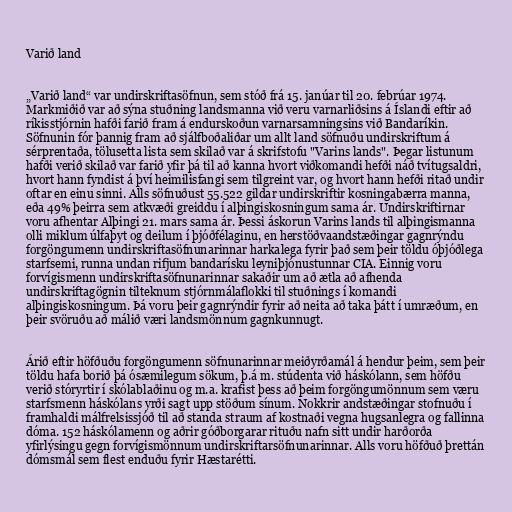
Varið land

„Varið land“ var undirskriftasöfnun, sem stóð frá 15. janúar til 20. febrúar 1974.
Markmiðið var að sýna stuðning landsmanna við veru varnarliðsins á Íslandi eftir að
ríkisstjórnin hafði farið fram á endurskoðun varnarsamningsins við Bandaríkin.
Söfnunin fór þannig fram að sjálfboðaliðar um allt land söfnuðu undirskriftum á
sérprentaða, tölusetta lista sem skilað var á skrifstofu "Varins lands". Þegar listunum
hafði verið skilað var farið yfir þá til að kanna hvort viðkomandi hefði náð tvítugsaldri,
hvort hann fyndist á því heimilisfangi sem tilgreint var, og hvort hann hefði ritað undir
oftar en einu sinni. Alls söfnuðust 55.522 gildar undirskriftir kosningabærra manna,
eða 49% þeirra sem atkvæði greiddu í alþingiskosningum sama ár. Undirskriftirnar
voru afhentar Alþingi 21. mars sama ár. Þessi áskorun Varins lands til alþingismanna
olli miklum úlfaþyt og deilum í þjóðfélaginu, en herstöðvaandstæðingar gagnrýndu
forgöngumenn undirskriftasöfnunarinnar harkalega fyrir það sem þeir töldu óþjóðlega
starfsemi, runna undan rifjum bandarísku leyniþjónustunnar CIA. Einnig voru
forvígismenn undirskriftasöfnunarinnar sakaðir um að ætla að afhenda
undirskriftagögnin tilteknum stjórnmálaflokki til stuðnings í komandi
alþingiskosningum. Þá voru þeir gagnrýndir fyrir að neita að taka þátt í umræðum, en
þeir svöruðu að málið væri landsmönnum gagnkunnugt.

Árið eftir höfðuðu forgöngumenn söfnunarinnar meiðyrðamál á hendur þeim, sem þeir
töldu hafa borið þá ósæmilegum sökum, þ.á m. stúdenta við háskólann, sem höfðu
verið stóryrtir í skólablaðinu og m.a. krafist þess að þeim forgöngumönnum sem væru
starfsmenn háskólans yrði sagt upp stöðum sínum. Nokkrir andstæðingar stofnuðu í
framhaldi málfrelsissjóð til að standa straum af kostnaði vegna hugsanlegra og fallinna
dóma. 152 háskólamenn og aðrir góðborgarar rituðu nafn sitt undir harðorða
yfirlýsingu gegn forvígismönnum undirskriftarsöfnunarinnar. Alls voru höfðuð þrettán
dómsmál sem flest enduðu fyrir Hæstarétti.